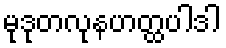
မုဒုတလုနဟတ္ထပါဒါ